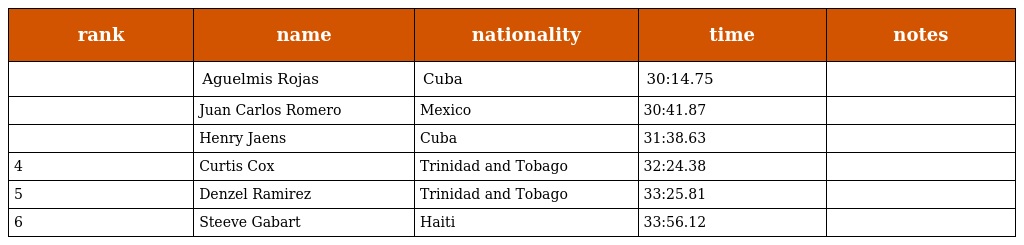
| rank | name | nationality | time | notes |
 | --- | --- | --- | --- | --- |
 |  | Aguelmis Rojas | Cuba | 30:14.75 |  |
 |  | Juan Carlos Romero | Mexico | 30:41.87 |  |
 |  | Henry Jaens | Cuba | 31:38.63 |  |
 | 4 | Curtis Cox | Trinidad and Tobago | 32:24.38 |  |
 | 5 | Denzel Ramirez | Trinidad and Tobago | 33:25.81 |  |
 | 6 | Steeve Gabart | Haiti | 33:56.12 |  |